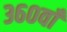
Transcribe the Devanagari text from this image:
३६०वाँ